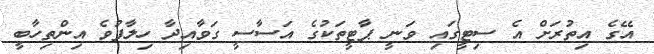
އޭގެ އިތުރަށް އެ ސިޓީގައި ވަނީ ޕާޓީތަކުގެ އަސާސީ ގަވާއިދާ ހިލާފުވެ އިންތިހާބީ